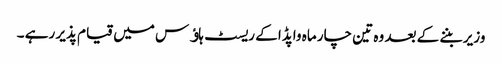
وزیر بننے کے بعد وہ تین چار ماہ واپڈا کے ریسٹ ہاﺅس میں قیام پذیر رہے ۔